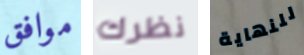
موافق نظرك للنهاية